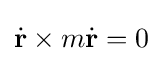
{\dot {\mathbf {r} }}\times m{\dot {\mathbf {r} }}=0